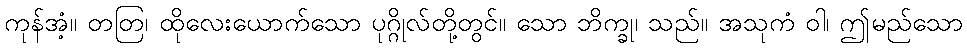
ကုန်အံ့။ တတြ၊ ထိုလေးယောက်သော ပုဂ္ဂိုလ်တို့တွင်။ သော ဘိက္ခု၊ သည်။ အသုကံ ဝါ၊ ဤမည်သော